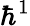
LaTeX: \hbar^{1}